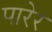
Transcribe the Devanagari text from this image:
पारेर